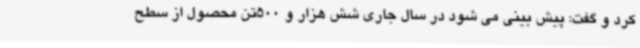
کرد و گفت: پیش بینی می شود در سال جاری شش هزار و 500تن محصول از سطح